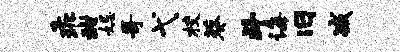
乖甜妃哥弋校葵斗诲旧减